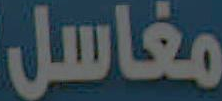
مغاسل